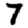
Digit: 7